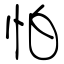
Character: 怕